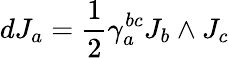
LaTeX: dJ_{a}={\frac{1}{2}}\gamma_{a}^{bc}J_{b}\wedge J_{c}